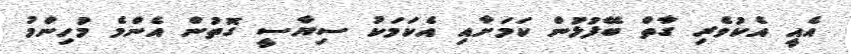
އެއީ އެކުވެރި ގާތް ބޭފުޅުން ކަމަށާއި އެކަމަކު ސިޔާސީ ގޮތުން އެންމެ މުހިންމު